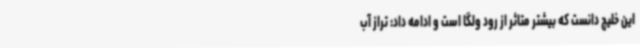
این خلیج دانست که بیشتر متاثر از رود ولگا است و ادامه داد: تراز آب